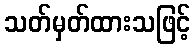
သတ်မှတ်ထားသဖြင့်